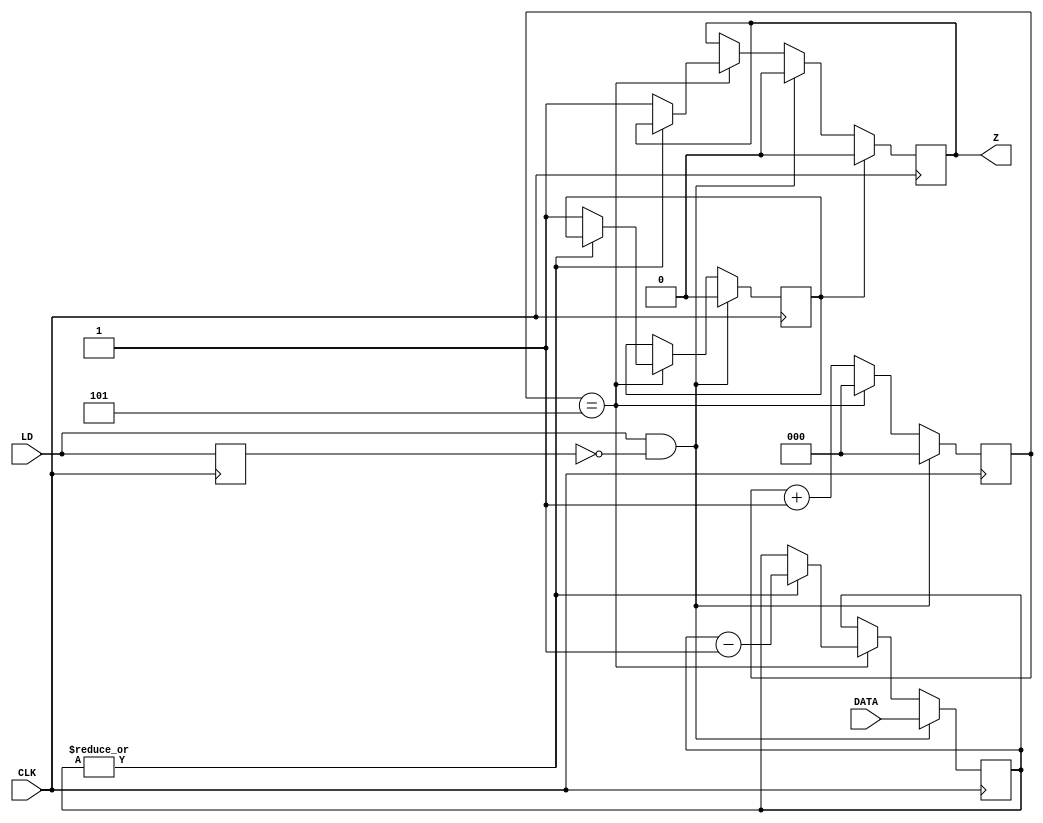
   //////////////////////////////////////////////////////////////////////////////////
//
// Kod moduu czasowego dla obsugi magistrali 1-wire
//
// (C) 2009 Zbigniew Hajduk
// http://zh.prz-rzeszow.pl
// 
//
// Ten kod rdowy moe podlega wolnej redystrybucji i/lub modyfikacjom 
// na oglnych zasadach okrelonych licencj GNU General Public License.
//
// Autor wyraa nadziej, e kod wirtualnego komponentu bdzie uyteczny
// jednak nie udziela ADNEJ GWARANCJI dotyczcej jego sprawnoci
// oraz przydatnoci dla partykularnych zastosowa.
//
//////////////////////////////////////////////////////////////////////////////////


module TIMER(input [6:0] DATA,
             input LD,CLK,
             output reg Z);
reg mLD,done;
reg[6:0] cntr;
reg [2:0] div;
wire cntr0;

assign cntr0=|cntr;

always @(posedge CLK)
begin
 mLD<=LD;
 if(LD&&~mLD) //(1)
 begin cntr<=DATA; Z<=1'b0; div<=1'b0; done<=0; end
 else
 begin
   div<=div+1;
   if(div==3'd5) //(2)
   begin  
    div<=0;
    if(cntr0) cntr<=cntr-1; 
    else if(~done) begin Z<=1'b1; done<=1'b1; end
   end
 end
  if(done) Z<=1'b0; //(3)
end
endmodule